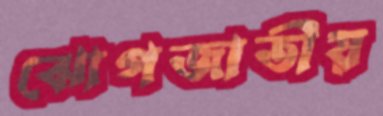
ঝোপজাতীয়